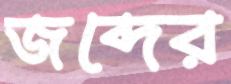
জব্দের